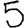
Digit: 5